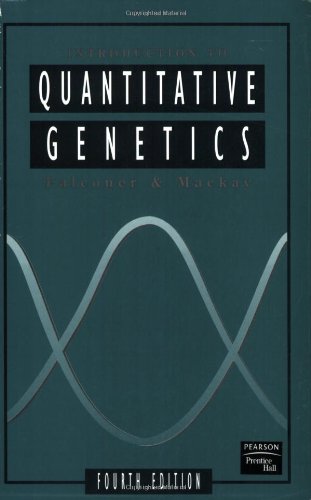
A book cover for Introduction to Quantitative Genetics (4th Edition); Douglas S. Falconer; Medical Books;